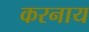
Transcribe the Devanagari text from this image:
करनाय